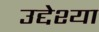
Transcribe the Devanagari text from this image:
उद्देश्या